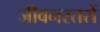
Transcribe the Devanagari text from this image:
जीवनस्तरों